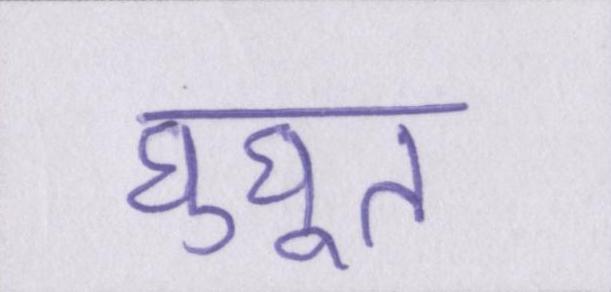
घुघूत